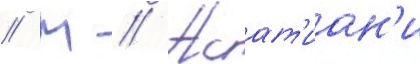
// М // Асат'иан'и